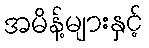
အမိန့်များနှင့်